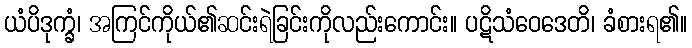
ယံပိဒုက္ခံ၊ အကြင်ကိုယ်၏ဆင်းရဲခြင်းကိုလည်းကောင်း။ ပဋိသံဝေဒေတိ၊ ခံစားရ၏။